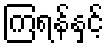
ကြရန်နှင့်